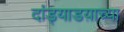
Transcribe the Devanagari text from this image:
दांड्याडय़ाच्या